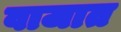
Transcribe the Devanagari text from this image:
वाजात